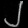
Digit: ၂